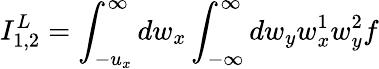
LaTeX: I_{1,2}^{L}=\int_{-u_{x}}^{\infty}dw_{x}\int_{-\infty}^{\infty}dw_{y}w_{x}^{1}w_{y}^{2}f